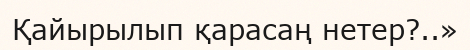
Қайырылып қарасаң нетер?..»